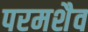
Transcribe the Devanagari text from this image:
परमशैव